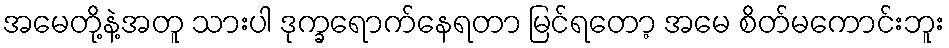
အမေတို့နဲ့အတူ သားပါ ဒုက္ခရောက်နေရတာ မြင်ရတော့ အမေ စိတ်မကောင်းဘူး